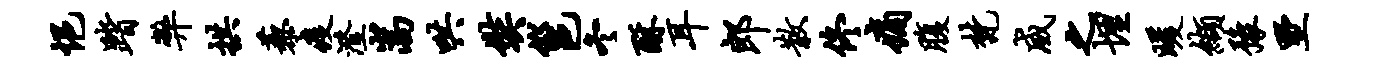
悒踏弊拱藜疫澄嵩哄奘邕冬酥耳郎散佟痛腹梵威之埋暖缬豫墅